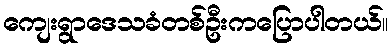
ကျေးရွာဒေသခံတစ်ဦးကပြောပါတယ်။